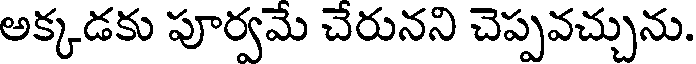
అక్కడకు పూర్వమే చేరునని చెప్పవచ్చును.